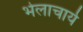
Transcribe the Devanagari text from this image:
भेलाचार्य